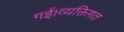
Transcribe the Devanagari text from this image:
गई।व्यक्तिगत